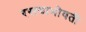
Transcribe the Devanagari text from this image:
रस्त्याभोवती